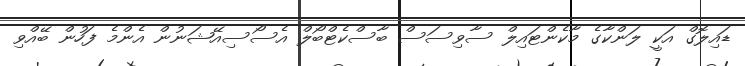
ޑައިލޮގް އަކީ ލަންކާގެ މާކެންޓައިލް ސާވިސަސް ބާސްކެޓްބޯލް އެސޯސިއޭޝަނުން އެންމެ ފަހުން ބޭއްވި